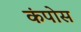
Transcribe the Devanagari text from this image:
कंपोस